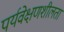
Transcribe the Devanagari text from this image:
पर्यवेक्षणशीलता